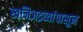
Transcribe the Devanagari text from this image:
खनिजद्रव्यांपासून